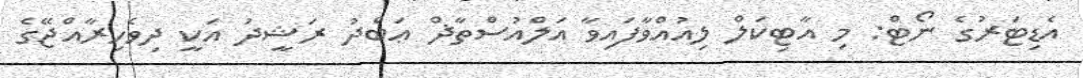
އެޑިޓަރުގެ ނޯޓް: މި އާޓިކަލް ލިއުއްވާފައިވާ އަލްއުސްތާޛް ޢަބްދު ރަޝީދު އަކީ ދިވެހިރާއްޖޭގެ